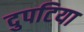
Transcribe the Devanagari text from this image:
दुपटिया